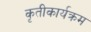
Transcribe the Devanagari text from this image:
कृतीकार्यक्रम